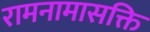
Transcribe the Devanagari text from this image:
रामनामासक्ति